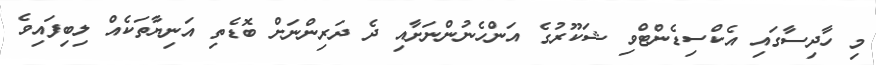
މި ހާދިސާގައި އެކްސިޑެންޓްވި ޝަކޫރުގެ އަންހެނުންނަށާއި ދެ ދަރިންނަށް ބޮޑެތި އަނިޔާތަކެއް ލިބިފައިވެ